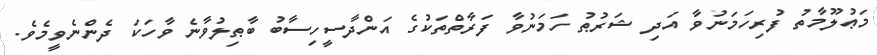
މަޢުލޫމާތު ފުރިހަމަނުވާ އަދި ޝަރުޠު ހަމަނުވާ ފަރާތްތަކުގެ އަންދާސީހިސާބު ބާޠިލުވާނެ ވާހަކަ ދެންނެވީމެވެ.